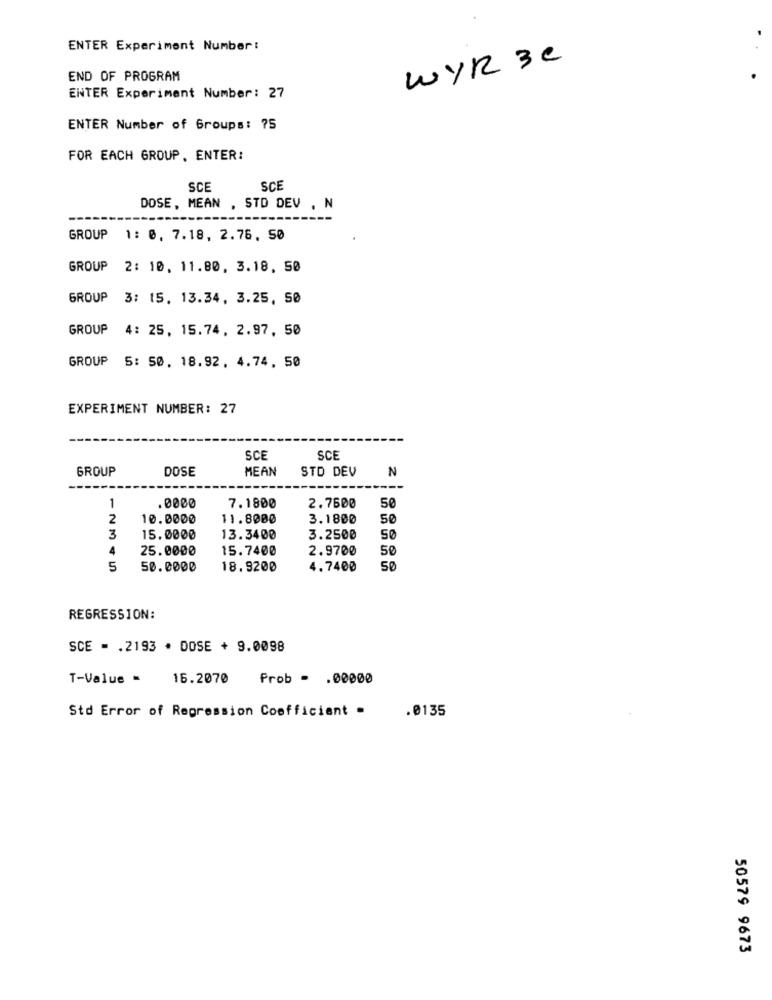
ENTER Experiment Number :
WYR 3C
END OF PROGRAM
ENTER Experiment Number: 27
ENTER Number of Groups: 75
FOR EACH GROUP. ENTER:
SCE
SCE
DOSE, MEAN , STD DEV . N
GROUP 1: 0, 7.18, 2.76, 50
GROUP 2: 10, 11.80, 3.18. 50
GROUP 3: 15. 13.34, 3.25, 50
GROUP 4: 25, 15.74, 2.97, 50
GROUP 5: 50, 18.92. 4.74, 50
EXPERIMENT NUMBER: 27
SCE
SCE
GROUP
DOSE
MEAN
STD DEV
N
1
.0000
7.1800
2.7600
50
2
10.0000
11.8000
3.1800
50
3
15.0000
13.3400
3.2500
50
4
25.0000
15.7400
2.9700
50
5
50.0000
18.9200
4.7400
50
REGRESSION:
SCE - . 2193 * DOSE + 9.0098
T-Value =
16.2070
Prob - . 00000
Std Error of Repression Coefficient .
.0135
50579 9673